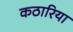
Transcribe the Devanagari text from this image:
कठारिया